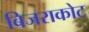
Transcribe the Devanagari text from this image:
बिजराकोट